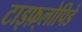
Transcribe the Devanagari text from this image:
टाइफ़्लोपिडे